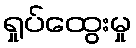
ရှုပ်ထွေးမှု